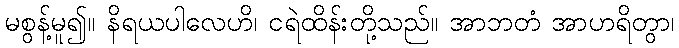
မစွန့်မူ၍။ နိရယပါလေဟိ၊ ငရဲထိန်းတို့သည်။ အာဘတံ အာဟရိတွာ၊